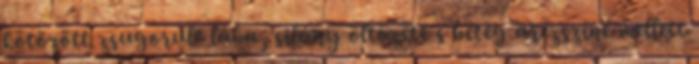
kötözött zsugorult lába, silány öltözete s beteg arczszíne mellett